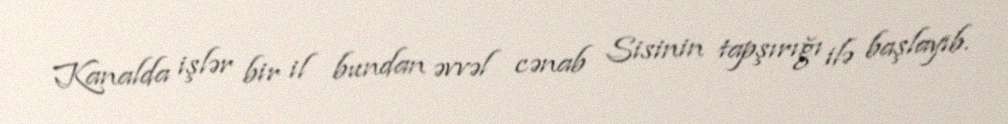
Kanalda işlər bir il bundan əvvəl cənab Sisinin tapşırığı ilə başlayıb.